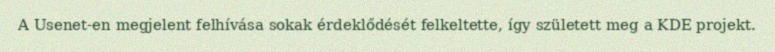
A Usenet-en megjelent felhívása sokak érdeklődését felkeltette, így született meg a KDE projekt.